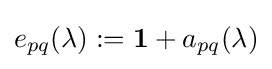
{e_{pq}}(\lambda ):=\mathbf {1} +{a_{pq}}(\lambda )